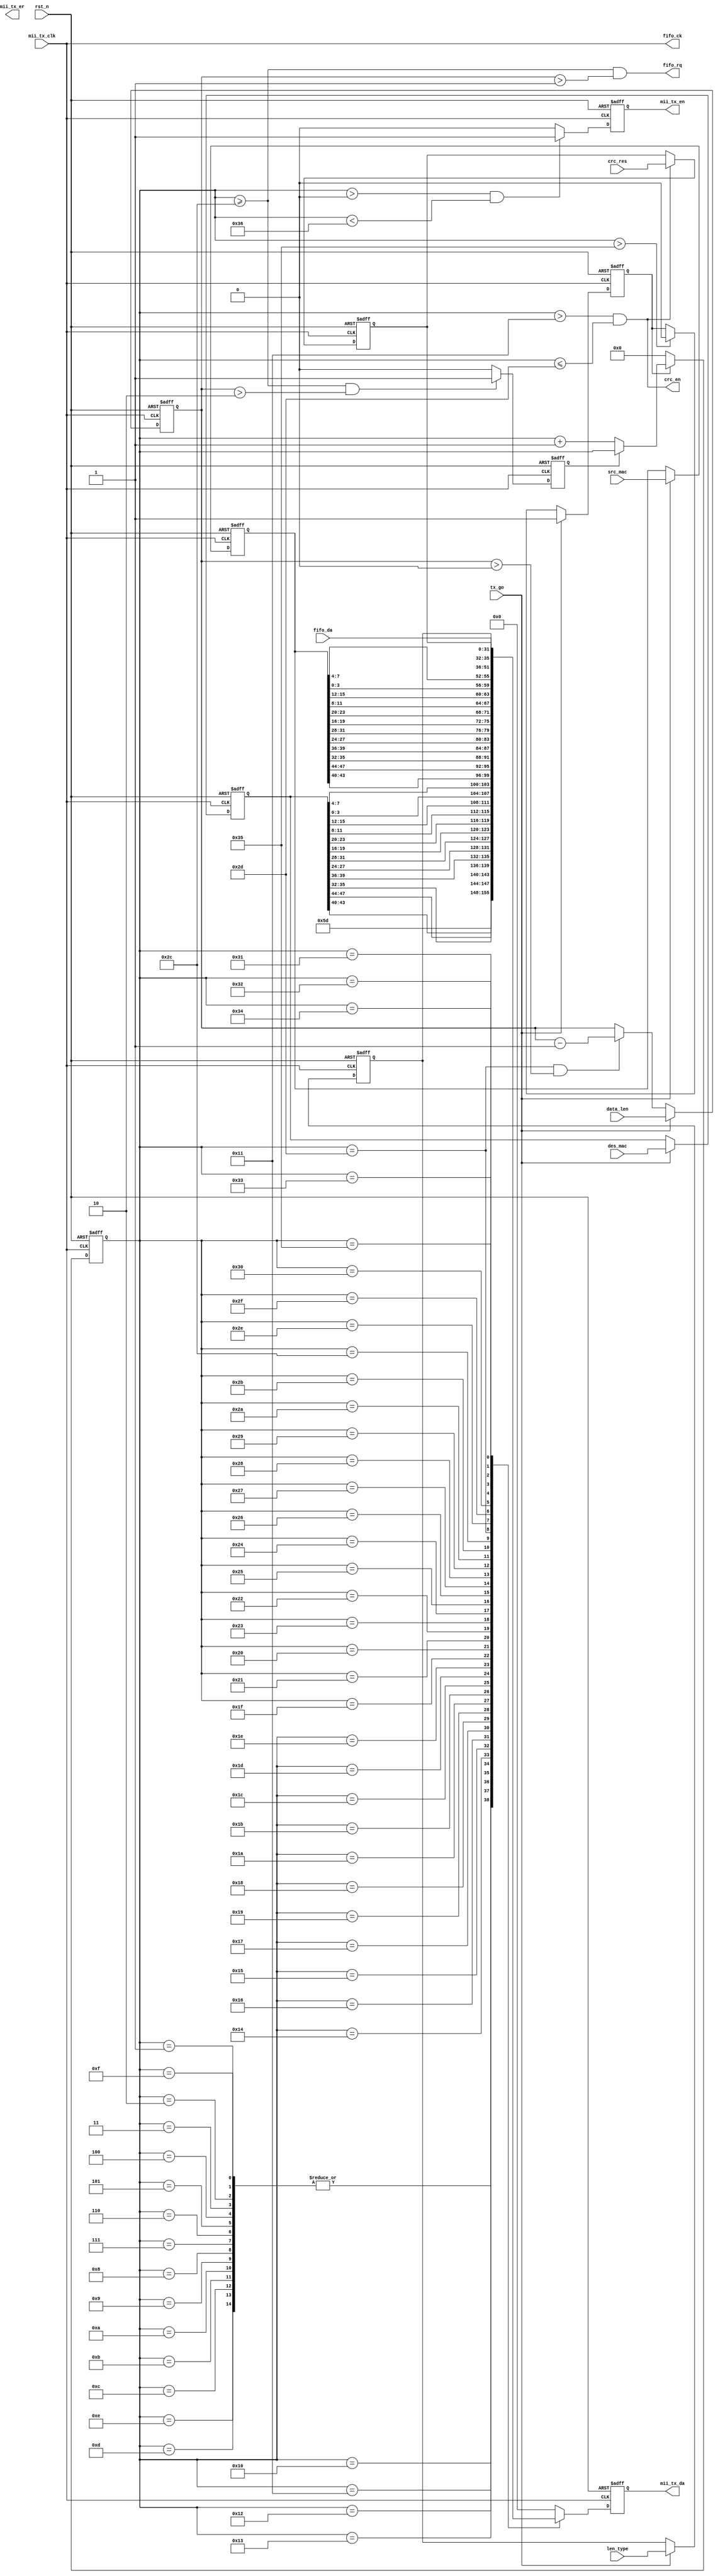
module eth_mac(
	rst_n			,
	tx_go			,
	data_len		,
	des_mac		,
	src_mac		,	
	crc_res		,
	crc_en		,
	len_type		,
	
	fifo_rq		,
	fifo_ck		,
	fifo_da		,
	
	/*mii */
	mii_tx_clk	,
	mii_tx_en	,
	mii_tx_er	,
	mii_tx_da	
	);

	input 	rst_n			;
	input 	tx_go			;
	input 	[11:0]data_len		;
	input 	[47:0]des_mac		;
	input 	[47:0]src_mac		;	
	input 	[31:0]crc_res		;
	output	crc_en		;
	input 	[15:0]len_type		;
	
	
	output 	fifo_rq		;
	output 	fifo_ck		;
	input 	[3:0]fifo_da		;
	
	input 	mii_tx_clk	;
	output reg	mii_tx_en	;
	output 	mii_tx_er	;
	output reg	[3:0]mii_tx_da	;
	
	reg	[5:0] sta_cnt;//
	reg 	r_tx_en;
	reg 	[11:0]r_data_len		;
	reg 	[47:0]r_des_mac		;
	reg 	[47:0]r_src_mac		;	
	reg 	[31:0]r_crc_res		;
	reg 	[15:0]r_len_type		;
	reg	send_data_en;
	reg 	[11:0]r_data_num		;
	
	
	assign fifo_ck = mii_tx_clk;
	assign fifo_rq = (sta_cnt >= 6'd44)&&(r_data_num >  12'd1);//send_data_en;
/* the Destination Address, Source Address, Length/ Type field, MAC Client Data, 
		and Pad (that is, all fields except FCS)*/
	assign crc_en = (sta_cnt > 6'd17 ) && (sta_cnt <= 6'd45);  //   17
	
	
	/**/
	always@(posedge mii_tx_clk or negedge rst_n)
	if(!rst_n)
		r_tx_en <= 1'b0;
	else if(tx_go)
		r_tx_en <= 1'b1;
	else if(sta_cnt > 6'd53 )
		r_tx_en <= 1'b0;
	
	/**/
	always@(posedge mii_tx_clk or negedge rst_n)
	if(!rst_n) begin
		r_data_len	<= 12'd0;
		r_des_mac	<= 48'd0;
		r_src_mac	<= 48'd0;
		r_len_type	<= 16'd0;
	end else if(tx_go)begin
		r_data_len	<= data_len	;
		r_des_mac	<= des_mac	;
		r_src_mac	<= src_mac	;
		r_len_type	<= len_type	;
	end

	always@(posedge mii_tx_clk or negedge rst_n)
	if(!rst_n)
		r_crc_res	<= 32'd0;
	else if(crc_en)
		r_crc_res	<= crc_res	;

	always@(posedge mii_tx_clk or negedge rst_n)
	if(!rst_n)
		r_data_num <= 12'd0;
	else if(tx_go)
		r_data_num <= data_len;
	else if(sta_cnt == 6'd45 && r_data_num > 0)
		r_data_num <= r_data_num - 1'b1;
	

	always@(posedge mii_tx_clk or negedge rst_n)
	if(!rst_n)
		send_data_en <= 1'd0;
	else if((sta_cnt >= 6'd44 && r_data_num > 2) )
		send_data_en <= 1'b1;
	else 
		send_data_en <= 1'd0;

	
	/**/
	always@(posedge mii_tx_clk or negedge rst_n)
	if(!rst_n)
		sta_cnt <= 6'd0;
	else if(r_tx_en) begin
		if(send_data_en)		//
			sta_cnt <= sta_cnt;
		else
			sta_cnt <= sta_cnt + 1'b1;
	end else
		sta_cnt <= 6'd0;

	always@(posedge mii_tx_clk or negedge rst_n)
	if(!rst_n)
		mii_tx_da <= 4'd0;
	else case(sta_cnt)
		1,2,3,4,5,6,7,8,9,10,11,12,13,14:
				mii_tx_da <= 4'h5;
		/**/
		15:	mii_tx_da <= 4'h5;
		16:	mii_tx_da <= 4'hd;
		/**/
		17:	mii_tx_da <= r_des_mac[43:40];
		18:	mii_tx_da <= r_des_mac[47:44];
		19:	mii_tx_da <= r_des_mac[35:32];
		20:	mii_tx_da <= r_des_mac[39:36];
		21:	mii_tx_da <= r_des_mac[27:24];
		22:	mii_tx_da <= r_des_mac[31:28];
		23:	mii_tx_da <= r_des_mac[19:16];
		24:	mii_tx_da <= r_des_mac[23:20];
		25:	mii_tx_da <= r_des_mac[11:8];
		26:	mii_tx_da <= r_des_mac[15:12];
		27:	mii_tx_da <= r_des_mac[3:0];
		28:	mii_tx_da <= r_des_mac[7:4];
	
		/**/
		29:	mii_tx_da <= r_src_mac[43:40];
		30:	mii_tx_da <= r_src_mac[47:44];
		31:	mii_tx_da <= r_src_mac[35:32];
		32:	mii_tx_da <= r_src_mac[39:36];
		33:	mii_tx_da <= r_src_mac[27:24];
		34:	mii_tx_da <= r_src_mac[31:28];
		35:	mii_tx_da <= r_src_mac[19:16];
		36:	mii_tx_da <= r_src_mac[23:20];
		37:	mii_tx_da <= r_src_mac[11:8];
		38:	mii_tx_da <= r_src_mac[15:12];
		39:	mii_tx_da <= r_src_mac[3:0];
		40:	mii_tx_da <= r_src_mac[7:4];













	
//		/**/
//		29:	mii_tx_da <= r_src_mac[47:44];
//		30:	mii_tx_da <= r_src_mac[43:40];
//		31:	mii_tx_da <= r_src_mac[39:36];
//		32:	mii_tx_da <= r_src_mac[35:32];
//		33:	mii_tx_da <= r_src_mac[31:28];
//		34:	mii_tx_da <= r_src_mac[27:24];
//		35:	mii_tx_da <= r_src_mac[23:20];
//		36:	mii_tx_da <= r_src_mac[19:16];
//		37:	mii_tx_da <= r_src_mac[15:12];
//		38:	mii_tx_da <= r_src_mac[11:8];
//		39:	mii_tx_da <= r_src_mac[7:4];
//		40:	mii_tx_da <= r_src_mac[3:0];	
		
		
//		/**/
//		29:	mii_tx_da <= r_src_mac[3:0];
//		30:	mii_tx_da <= r_src_mac[7:4];
//		31:	mii_tx_da <= r_src_mac[11:8];
//		32:	mii_tx_da <= r_src_mac[15:12];
//		33:	mii_tx_da <= r_src_mac[19:16];
//		34:	mii_tx_da <= r_src_mac[23:20];
//		35:	mii_tx_da <= r_src_mac[27:24];
//		36:	mii_tx_da <= r_src_mac[31:28];
//		37:	mii_tx_da <= r_src_mac[35:32];
//		38:	mii_tx_da <= r_src_mac[39:36];
//		39:	mii_tx_da <= r_src_mac[43:40];
//		40:	mii_tx_da <= r_src_mac[47:44];		
		
		/* */
		41:	mii_tx_da <= r_len_type[15:12];
		42:	mii_tx_da <= r_len_type[11:8];	
		43:	mii_tx_da <= r_len_type[7:4];
		44:	mii_tx_da <= r_len_type[3:0];

		/**/
		45:	mii_tx_da <= fifo_da ;	

		/*CRC*/

		46:	mii_tx_da <= r_crc_res[31:28];
		47:	mii_tx_da <= r_crc_res[27:24];
		48:	mii_tx_da <= r_crc_res[23:20];
		49:	mii_tx_da <= r_crc_res[19:16];
		50:	mii_tx_da <= r_crc_res[15:12];
		51:	mii_tx_da <= r_crc_res[11:8];
		52:	mii_tx_da <= r_crc_res[7:4];	
		53:	mii_tx_da <= r_crc_res[3:0];	
		default: mii_tx_da <= 4'h0;
	endcase
	
	always@(posedge mii_tx_clk or negedge rst_n)
	if(!rst_n)
		mii_tx_en <= 1'b0;
	else if(sta_cnt > 0 && sta_cnt < 54)
		mii_tx_en <= 1'b1;
	else
		mii_tx_en <= 1'b0;
	
	

endmodule